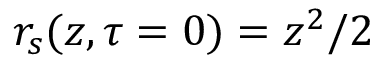
r _ { s } ( z , \tau = 0 ) = z ^ { 2 } / 2